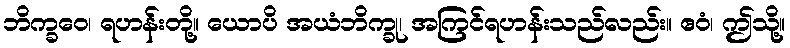
ဘိက္ခဝေ၊ ရဟန်းတို့။ ယောပိ အယံဘိက္ခု၊ အကြင်ရဟန်းသည်လည်း။ ဧဝံ၊ ဤသို့။